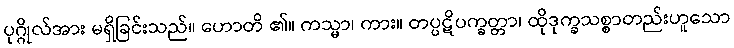
ပုဂ္ဂိုလ်အား မရှိခြင်းသည်။ ဟောတိ ၏။ ကသ္မာ၊ ကား။ တပ္ပဋိပက္ခတ္တာ၊ ထိုဒုက္ခသစ္စာတည်းဟူသော